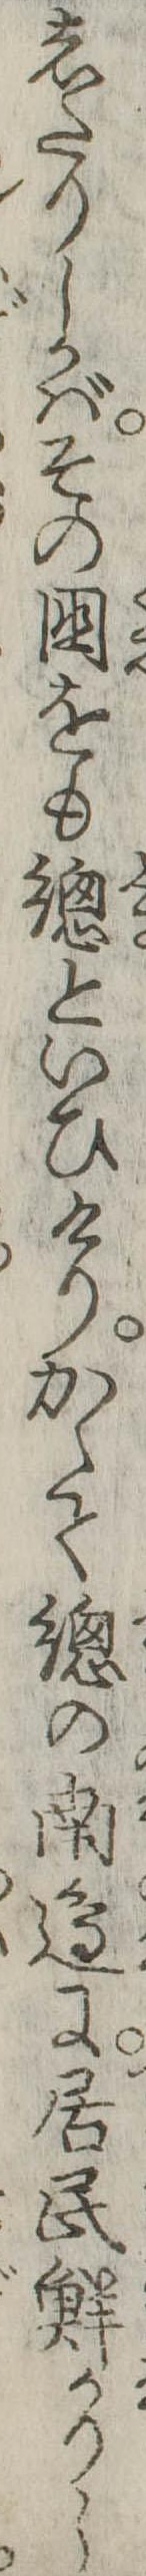
したりしかばその国をも総といひけりかくて総の南辺に居民鮮かりし